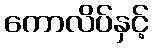
ကောလိပ်နှင့်